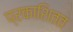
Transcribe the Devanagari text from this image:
प्रकाशितत